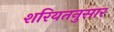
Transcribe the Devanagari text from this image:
शरियतनुसार